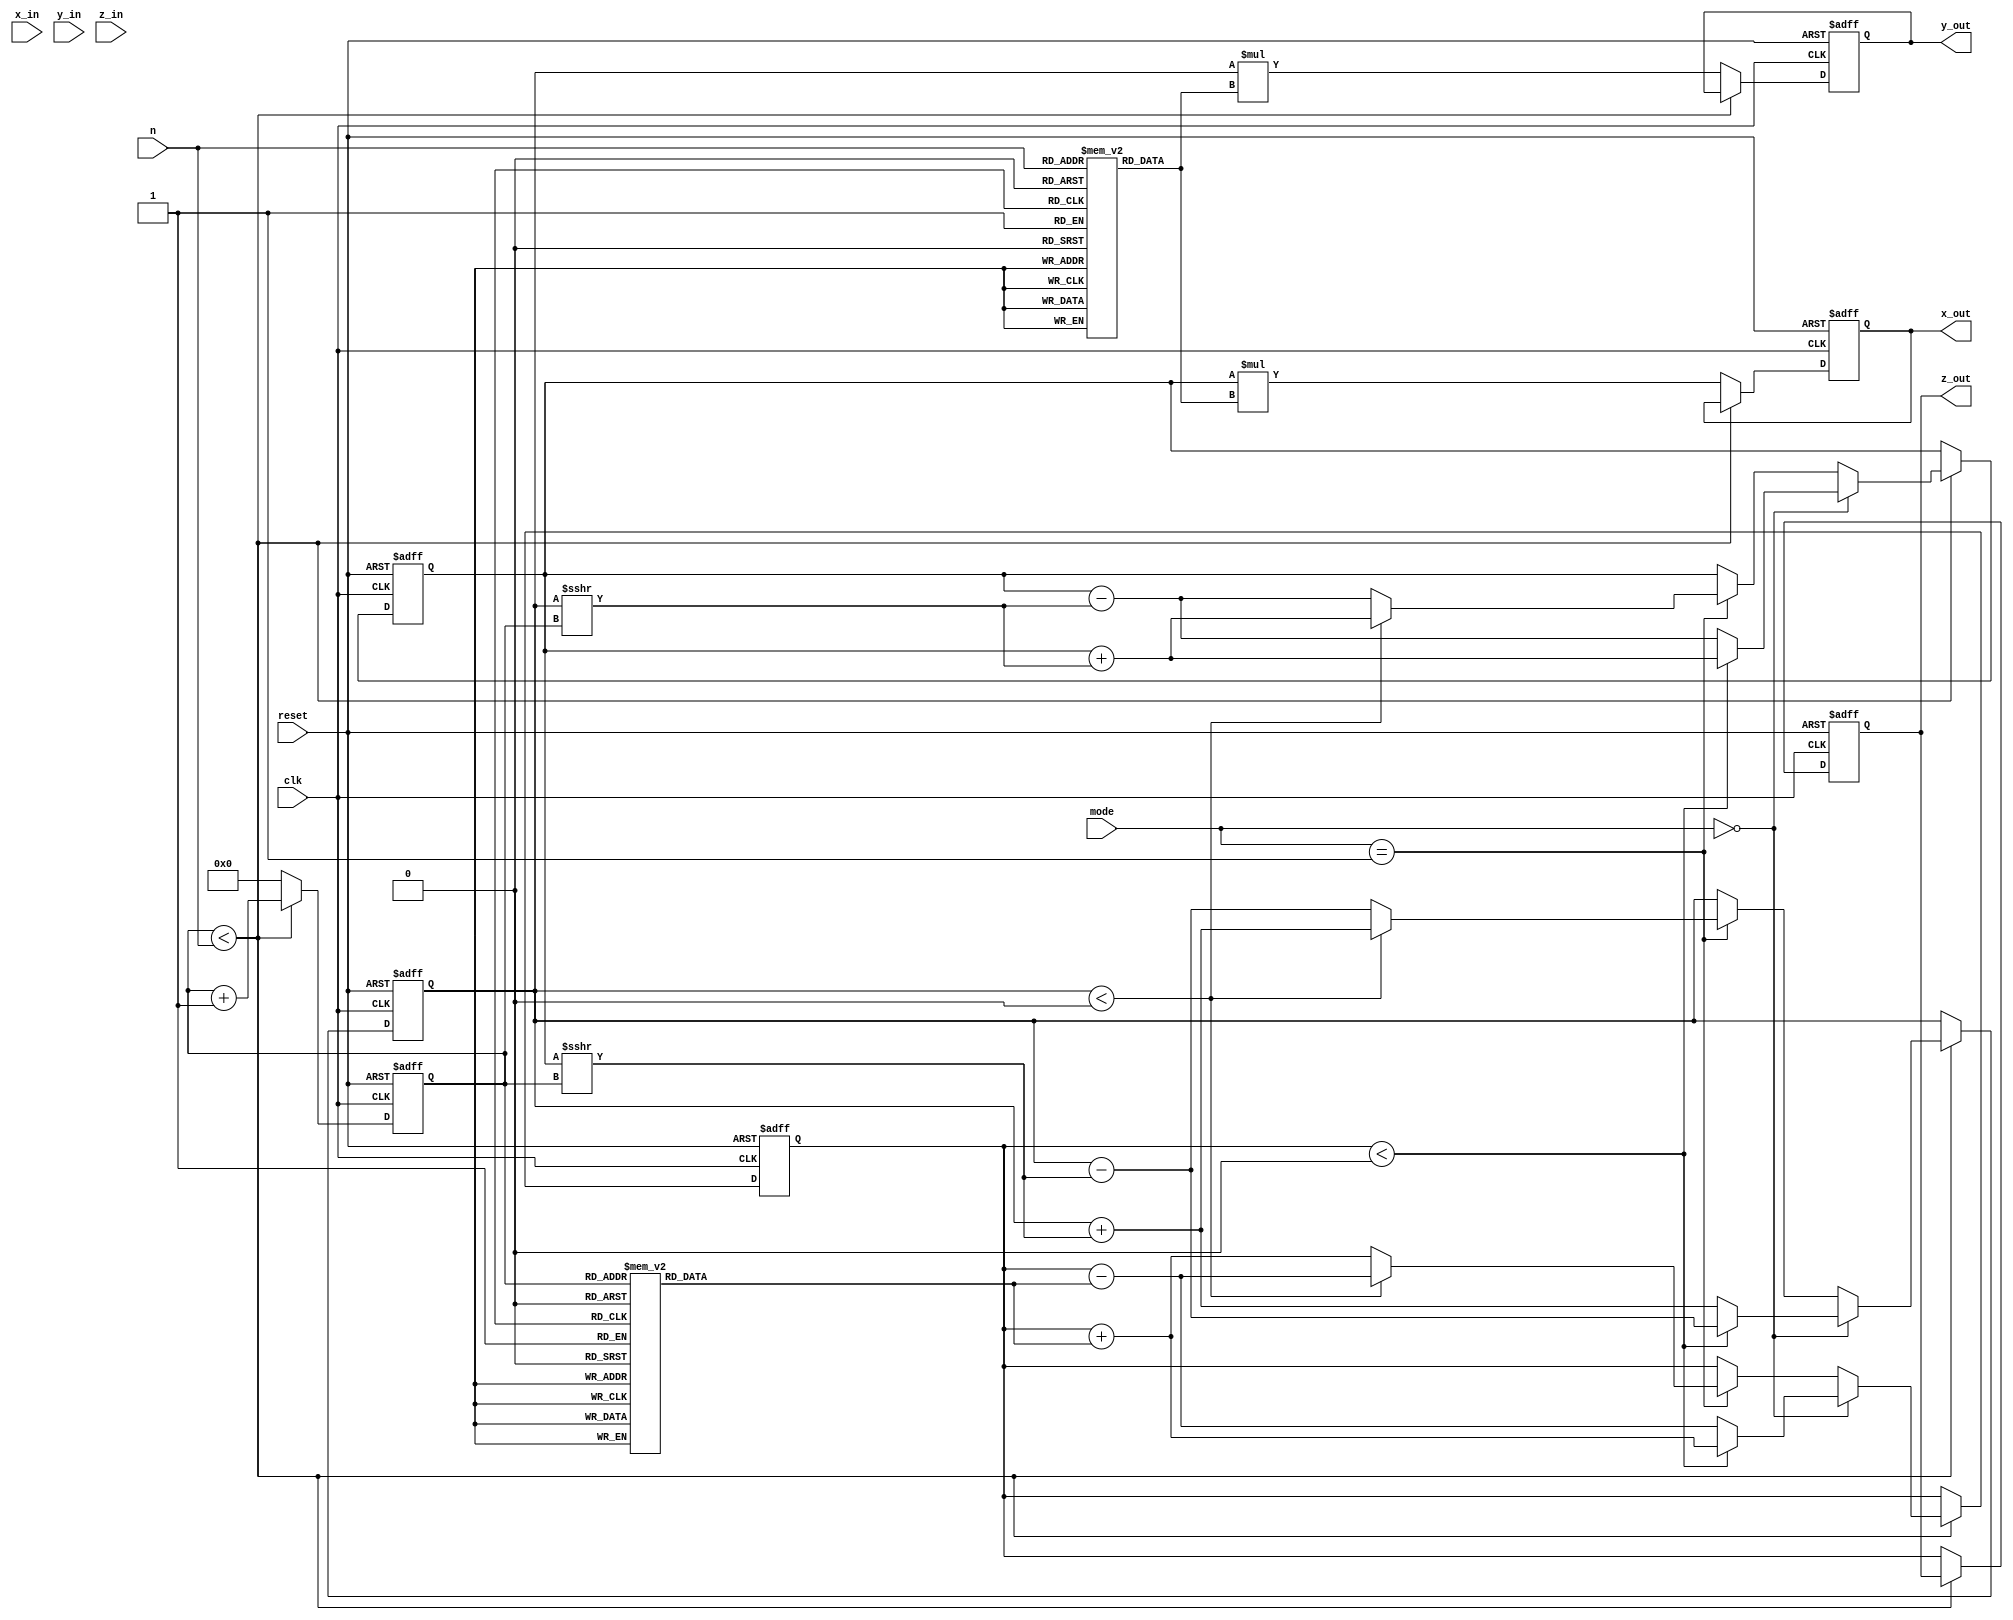
module cordic(
    input clk,
    input reset,
    input [15:0] x_in,     // Input x vector component
    input [15:0] y_in,     // Input y vector component
    input [15:0] z_in,     // Input angle or hyperbolic input
    input [1:0] mode,      // Operation mode: 00 - rotation, 01 - vectoring
    input [3:0] n,         // Number of iterations
    output reg [15:0] x_out, // Output x vector component
    output reg [15:0] y_out, // Output y vector component
    output reg [15:0] z_out  // Output resulting angle or hyperbolic value
);

    // CORDIC constants
    reg [15:0] atan_lut [0:15]; // Look-up table for arctangent values
    reg [15:0] k_values [0:15];  // Scaling factors for CORDIC
    reg [15:0] x, y, z;
    reg [3:0] iteration;
    
    initial begin
        // Initialize the arctangent look-up table (in radians)
        atan_lut[0] = 16'h0000; // atan(0) = 0
        atan_lut[1] = 16'h1C71; // atan(1) = 0.785398 (approx)
        atan_lut[2] = 16'h16C9; // atan(1/2) = 0.463648 (approx)
        atan_lut[3] = 16'h0DB2; // atan(1/4) = 0.244978 (approx)
        // Add more values as needed...

        // Initialize scaling factors
        k_values[0] = 16'h0000; // k_0
        k_values[1] = 16'h1A4D; // k_1
        k_values[2] = 16'h1C71; // k_2
        // Add more values as needed...
    end

    always @(posedge clk or posedge reset) begin
        if (reset) begin
            x <= 0;
            y <= 0;
            z <= 0;
            iteration <= 0;
            x_out <= 0;
            y_out <= 0;
            z_out <= 0;
        end else if (iteration < n) begin
            // CORDIC iteration
            if (mode == 2'b00) begin // Rotation mode
                if (z < 0) begin
                    x <= x + (y >>> iteration);
                    y <= y - (x >>> iteration);
                    z <= z + atan_lut[iteration];
                end else begin
                    x <= x - (y >>> iteration);
                    y <= y + (x >>> iteration);
                    z <= z - atan_lut[iteration];
                end
            end else if (mode == 2'b01) begin // Vectoring mode
                if (y < 0) begin
                    x <= x + (y >>> iteration);
                    y <= y + (x >>> iteration);
                    z <= z - atan_lut[iteration];
                end else begin
                    x <= x - (y >>> iteration);
                    y <= y - (x >>> iteration);
                    z <= z + atan_lut[iteration];
                end
            end
            iteration <= iteration + 1;
        end else begin
            // Final adjustment
            x_out <= x * k_values[n]; // Scale the output
            y_out <= y * k_values[n];
            z_out <= z;
            iteration <= 0; // Reset iteration for next operation
        end
    end

endmodule